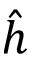
\hat { h }